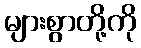
များစွာတို့ကို